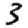
Digit: 3